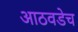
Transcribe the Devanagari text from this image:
आठवडेच